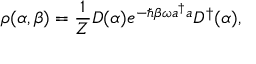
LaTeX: \rho ( \alpha , \beta ) = { \frac { 1 } { Z } } D ( \alpha ) e ^ { - \hbar \beta \omega a ^ { \dagger } a } D ^ { \dagger } ( \alpha ) ,